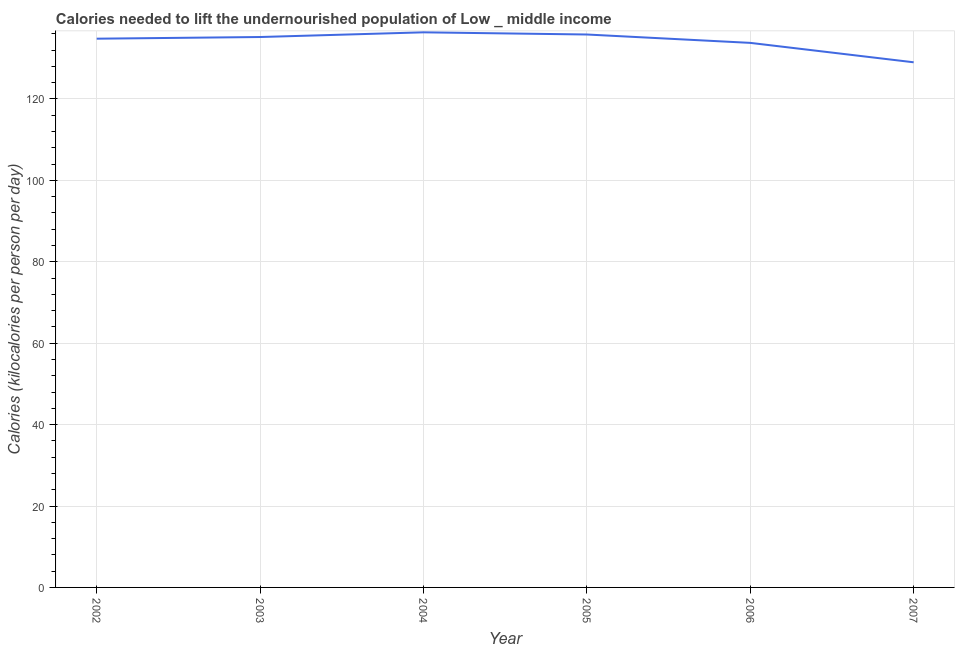
| Year | Depth of the food deficit |
 | --- | --- |
 | 2002 | 135 |
 | 2003 | 135 |
 | 2004 | 136 |
 | 2005 | 136 |
 | 2006 | 134 |
 | 2007 | 129 |